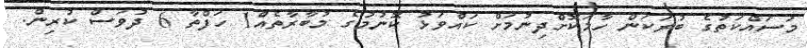
މަސައްކަތުގެ ބުރަކަން ހާމަކޮށްދިނުމަށް ކައްވަޅު ކޮނުމުގެ މުބާރާތެއް1 ހަފްތާ 6 ދުވަސް ކުރިން.